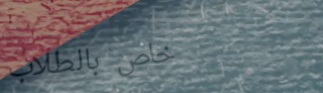
خاص بالطلاب